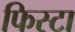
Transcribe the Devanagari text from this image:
फिस्टा